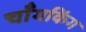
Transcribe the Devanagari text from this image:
चॉँगकिंग